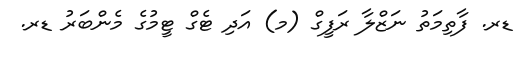
ޑރ. ފާތިމަތު ނަޒްލާ ރަފީގް (މ) އަދި ޓެގް ޓީމުގެ މެންބަރު ޑރ.